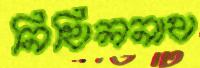
নিখিলনাথ